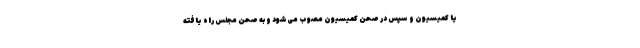
یا کمیسیون و سپس در صحن کمیسیون مصوب می‌شود و به صحن مجلس راه یافته